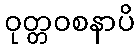
ဝုတ္တဝစနာပိ